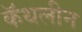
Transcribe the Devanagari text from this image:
कॅथलीन